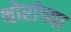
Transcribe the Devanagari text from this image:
थोरांच्या